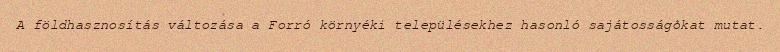
A földhasznosítás változása a Forró környéki településekhez hasonló sajátosságokat mutat.